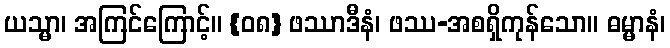
ယသ္မာ၊ အကြင်ကြောင့်။ {၀၈} ဖဿာဒီနံ၊ ဖဿ-အစရှိကုန်သော။ ဓမ္မာနံ၊